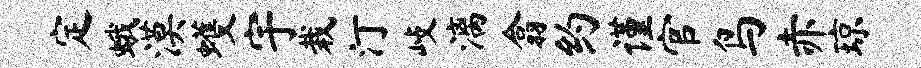
定蛾漠蠖宇栽汀歧漓翕约谨官鸟赤琼